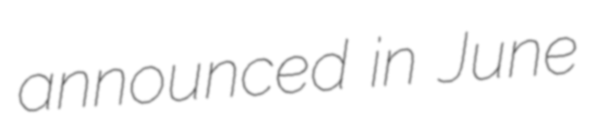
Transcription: announced in June